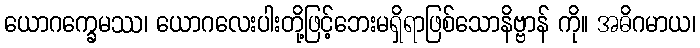
ယောဂက္ခေမဿ၊ ယောဂလေးပါးတို့ဖြင့်ဘေးမရှိရာဖြစ်သောနိဗ္ဗာန် ကို။ အဓိဂမာယ၊